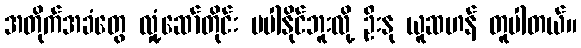
အတိုက်အခံတွေ လှုံ့ဆော်တိုင်း မပါနိုင်ဘူးလို့ ဦးနု ယူဆဟန် တူပါတယ်။